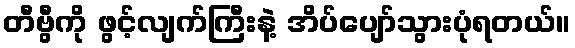
တီဗွီကို ဖွင့်လျက်ကြီးနဲ့ အိပ်ပျော်သွားပုံရတယ်။